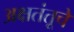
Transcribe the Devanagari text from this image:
अक्षतंतूचे